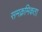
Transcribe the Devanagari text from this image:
समक्रमिकता